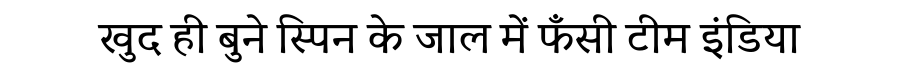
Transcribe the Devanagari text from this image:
खुद ही बुने स्पिन के जाल में फँसी टीम इंडिया